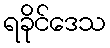
ရခိုင်ဒေသ